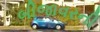
બીજાવરની